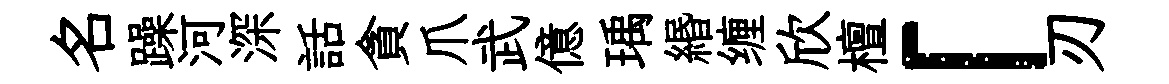
名躁河深話貪爪武億瑀緡缠欣檀「刃